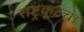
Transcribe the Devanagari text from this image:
राष्ट्रकूटचा